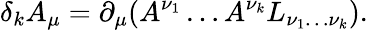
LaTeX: \delta_{k}A_{\mu}=\partial_{\mu}(A^{\nu_{1}}\ldots A^{\nu_{k}}L_{\nu_{1}\ldots\nu_{k}}).